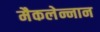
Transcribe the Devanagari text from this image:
मैकलेन्नान